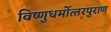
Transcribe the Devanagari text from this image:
विष्‍णुधर्मोत्‍तरपुराण